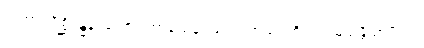
ယထာပရိစ္ဆိန္နေန၊ သော။ ကာယေန၊ ဖြင့်။ ကာယံ၊ ကို။ အာမသန္တိယာပိ၊ သုံ